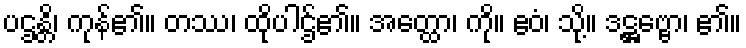
ပဌန္တိ၊ ကုန်၏။ တဿ၊ ထိုပါဌ်၏။ အတ္ထော၊ ကို။ ဧဝံ၊ သို့။ ဒဋ္ဌဗ္ဗော၊ ၏။